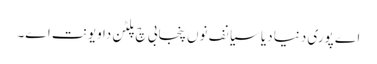
اے پوری دنیا دیا سیانف نوں پنجابی چ پلٹن دا ویونت اے۔